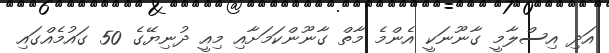
އަދި އިސްލާމީ ގާނޫނަކީ އެންމެ މާތް ގާނޫންކަމަށާއި މިއީ ދުނިޔޭގެ 50 ގައުމެއްގައި